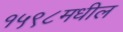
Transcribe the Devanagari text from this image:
१५९८मधील